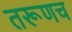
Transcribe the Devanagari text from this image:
तरूणच